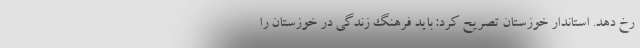
رخ دهد. استاندار خوزستان تصریح کرد: باید فرهنگ زندگی در خوزستان را